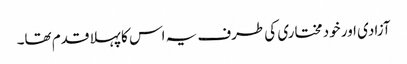
آزادی اور خود مختاری کی طرف یہ اس کا پہلا قدم تھا۔